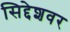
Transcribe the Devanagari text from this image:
सिद्देशवर